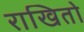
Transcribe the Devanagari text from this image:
राखितो